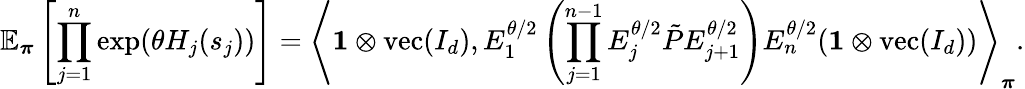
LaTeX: \mathbb{E}_{\boldsymbol\pi}\left[\prod_{j=1}^{n}\exp(\theta H_{j}(s_{j}))\right]=\left\langle\mathbf{1}\otimes\operatorname{vec}(I_{d}),E_{1}^{\theta/2}\left(\prod_{j=1}^{n-1}E_{j}^{\theta/2}\tilde{P}E_{j+1}^{\theta/2}\right)E_{n}^{\theta/2}(\mathbf{1}\otimes\operatorname{vec}(I_{d}))\right\rangle_{\boldsymbol\pi}.